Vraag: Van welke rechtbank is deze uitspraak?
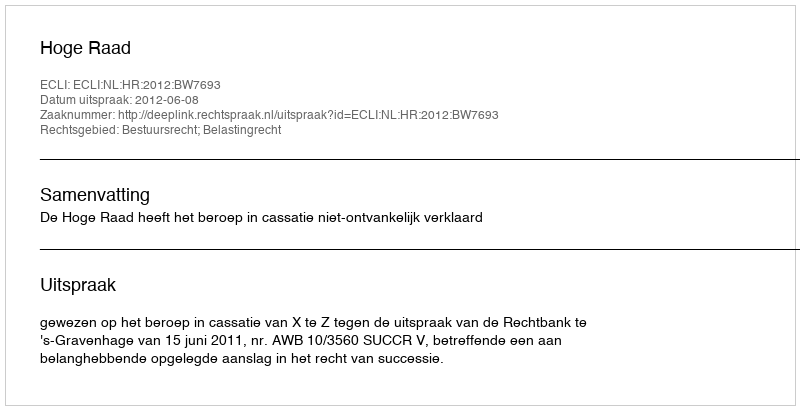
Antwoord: Hoge Raad